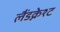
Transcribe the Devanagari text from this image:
लैंडक्नेश्ट